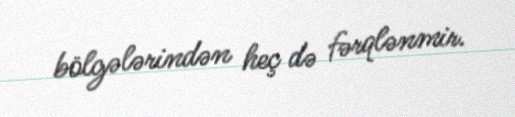
bölgələrindən heç də fərqlənmir.